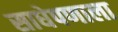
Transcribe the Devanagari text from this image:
साधेपणाला